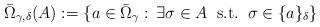
LaTeX: \begin{align*}\bar\Omega_{\gamma,\delta}(A):=\{a\in\bar\Omega_{\gamma}:\, \exists \sigma\in A \; \;{\rm s.t.} \;\;\sigma\in \{a\}_{\delta}\}\end{align*}